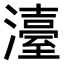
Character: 𤁅